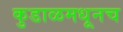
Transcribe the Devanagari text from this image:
कुडाळमधूनच